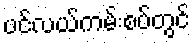
ပင်လယ်ကမ်းစပ်တွင်